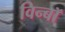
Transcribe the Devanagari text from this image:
विन्बॉ